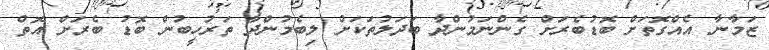
ޒަމާނާ އެއްގޮތަށް ބޮޑުބެރަށް ގެންނަމުންދާ ބަދަލުތަކަށް ލިބެމުންދާ ތަރުހީބުން ބޮޑު ބެރަށް އޮތް